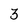
Character: 3